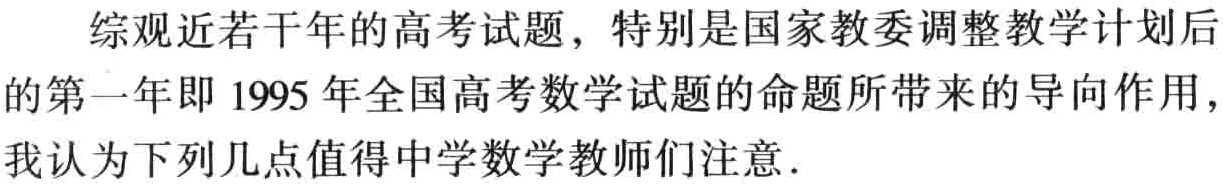
综观近若干年的高考试题，特别是国家教委调整教学计划后

的第一年即 1995 年全国高考数学试题的命题所带来的导向作用，

我认为下列几点值得中学数学教师们注意.